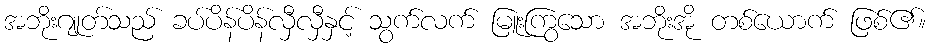
အဘိုးဂျုတ်သည် ခပ်ပိန်ပိန်လှီလှီနှင့် သွက်လက် မြူးကြွသော အဘိုးအို တစ်ယောက် ဖြစ်၏။